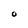
Character: O